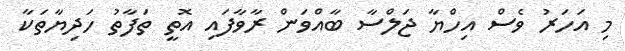
މި އަހަރު ވެސް އިހްޔާ ޖަލްސާ ބާއްވަން ރާވާފައި އޮތީ ތަފާތު ހަދިޔާތަކާ